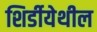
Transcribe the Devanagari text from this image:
शिर्डीयेथील